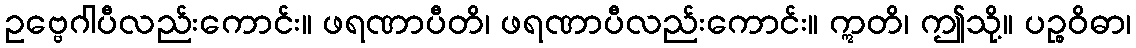
ဥဗ္ဗေဂါပီလည်းကောင်း။ ဖရဏာပီတိ၊ ဖရဏာပီလည်းကောင်း။ ဣတိ၊ ဤသို့။ ပဉ္စဝိဓာ၊